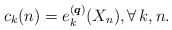
\begin{gather*}c_k(n) = e_k^{({\boldsymbol{q}})}(X_n), \forall \, k,n.\end{gather*}